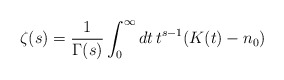
\begin{align*}\zeta(s)={1\over \Gamma(s)}\int_0^\infty dt\, t^{s-1}(K(t)-n_0)\end{align*}